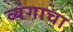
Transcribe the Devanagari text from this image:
व्यंगाचा